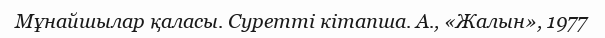
Мұнайшылар қаласы. Суретті кітапша. А., «Жалын», 1977